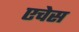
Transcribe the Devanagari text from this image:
एचेस